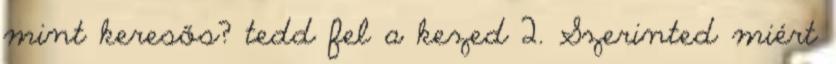
mint keresős? tedd fel a kezed 2. Szerinted miért